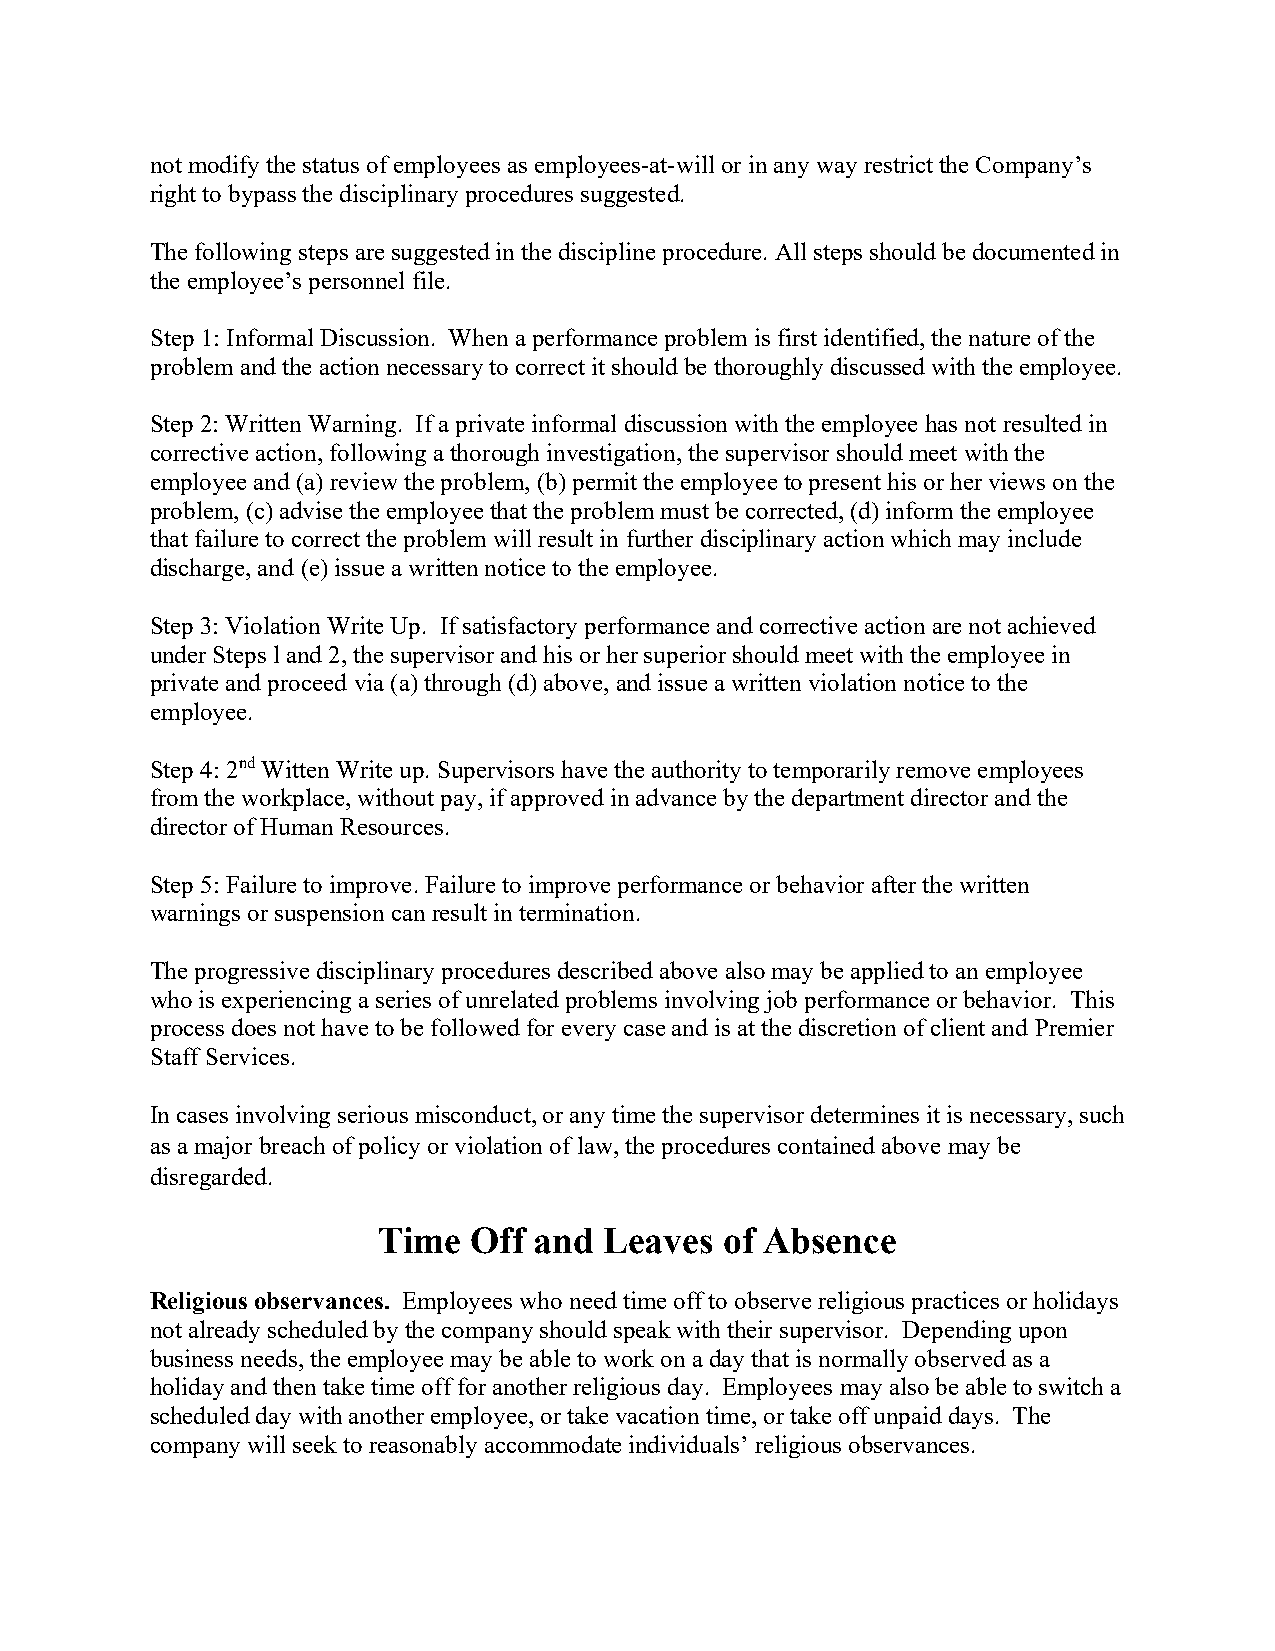
not modify the status of employees as employees-at-will or in any way restrict the Company’s
 right to bypass the disciplinary procedures suggested.
 The following steps are suggested in the discipline procedure. All steps should be documented in
 the employee’s personnel file.
 Step 1: Informal Discussion. When a performance problem is first identified, the nature of the
 problem and the action necessary to correct it should be thoroughly discussed with the employee.
 Step 2: Written Warning. If a private informal discussion with the employee has not resulted in
 corrective action, following a thorough investigation, the supervisor should meet with the
 employee and (a) review the problem, (b) permit the employee to present his or her views on the
 problem, (c) advise the employee that the problem must be corrected, (d) inform the employee
 that failure to correct the problem will result in further disciplinary action which may include
 discharge, and (e) issue a written notice to the employee.
 Step 3: Violation Write Up. If satisfactory performance and corrective action are not achieved
 under Steps l and 2, the supervisor and his or her superior should meet with the employee in
 private and proceed via (a) through (d) above, and issue a written violation notice to the
 employee.
 Step 4: 2nd Witten Write up. Supervisors have the authority to temporarily remove employees
 from the workplace, without pay, if approved in advance by the department director and the
 director of Human Resources.
 Step 5: Failure to improve. Failure to improve performance or behavior after the written
 warnings or suspension can result in termination.
 The progressive disciplinary procedures described above also may be applied to an employee
 who is experiencing a series of unrelated problems involving job performance or behavior. This
 process does not have to be followed for every case and is at the discretion of client and Premier
 Staff Services.
 In cases involving serious misconduct, or any time the supervisor determines it is necessary, such
 as a major breach of policy or violation of law, the procedures contained above may be
 disregarded.
 Time  Off and  Leaves  of Absence
 Religious observances. Employees who need time off to observe religious practices or holidays
 not already scheduled by the company should speak with their supervisor. Depending upon
 business needs, the employee may be able to work on a day that is normally observed as a
 holiday and then take time off for another religious day. Employees may also be able to switch a
 scheduled day with another employee, or take vacation time, or take off unpaid days. The
 company will seek to reasonably accommodate individuals’ religious observances.